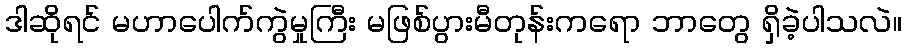
ဒါဆိုရင် မဟာပေါက်ကွဲမှုကြီး မဖြစ်ပွားမီတုန်းကရော ဘာတွေ ရှိခဲ့ပါသလဲ။